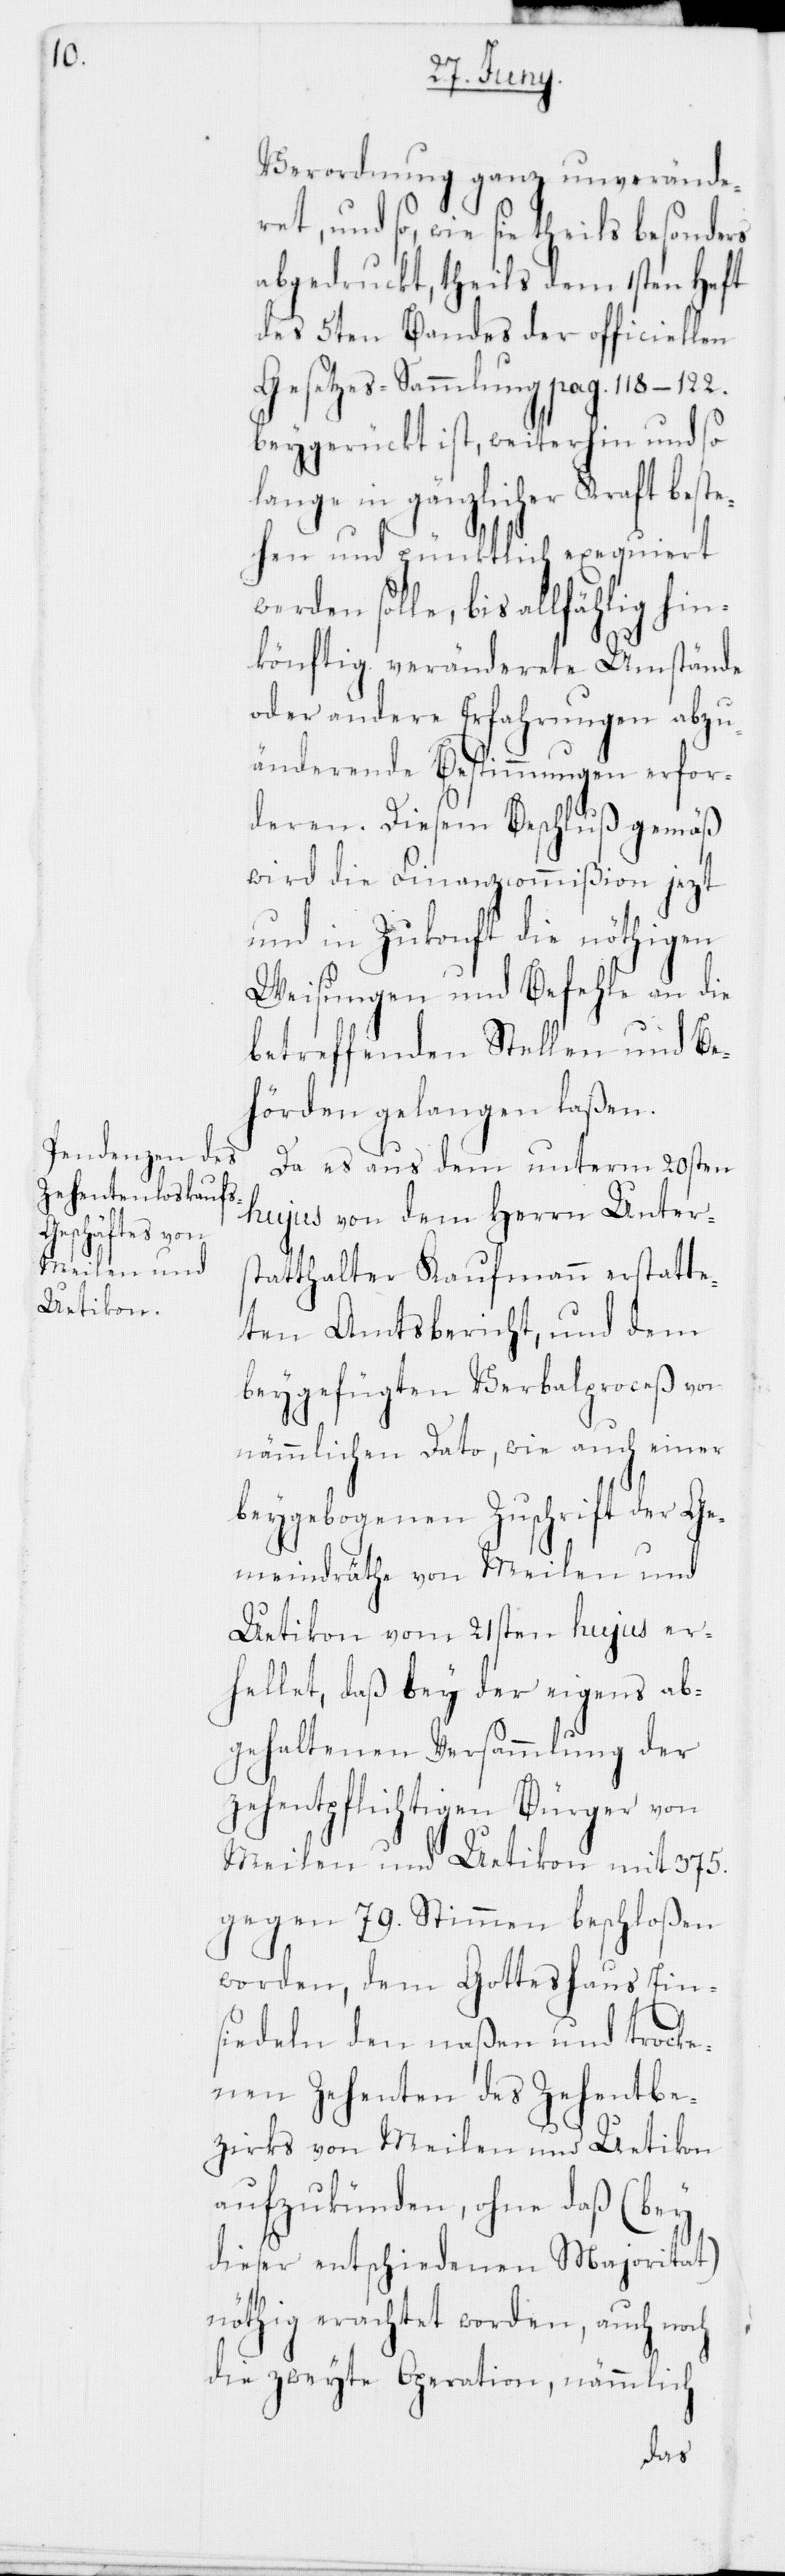
Verordnung ganz unverände¬
ret, und so, wie sie theils besonders
abgedruckt, theils dem 1sten Heft
des 5ten Bandes der officiellen
Gesetzes-Sammlung pag. 118–122.
beygerückt ist, weiterhin und so
lange in gänzlicher Kraft best¬
ehen und pünktlich exequiert
werden solle, bis allfählig hin¬
könftig veränderete Umstände
oder andere Erfahrungen abzu¬
änderende Bestimmungen erfor¬
deren. Diesem Beschluß gemäß
wird die Finanzcommißion jezt
und in Zukonft die nöthigen
Weisungen und Befehle an die
betreffenden Stellen und Be¬
hörden gelangen laßen.
Da es aus dem unterm 20sten
hujus von dem Herrn Unters¬
tatthalter Kaufmann erstatte¬
ten Amtsbericht, und dem
beygefügten Verbalprozeß vom
nämmlichen Dato, wie auch einer
beygebogenen Zuschrift der Ge¬
meindräthe von Meilen und
Uetikon vom 21sten hujus er¬
hellet, daß bey der eigens ab¬
gehaltenen Versammlung der
zehentpflichtigen Bürger von
Meilen und Uetikon mit 375.
gegen 79. Stimmen beschloßen
worden, dem Gotteshaus Ein¬
siedeln den naßen und trocke¬
nen Zehenten des Zehentbe¬
zirks von Meilen und Uetikon
aufzukünden, ohne daß (bey
dieser entschiedenen Majoritat
nöthig erachtet worden, auch noch
die zweyte Operation, nämmlich